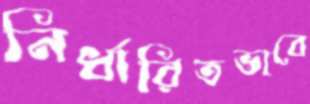
নির্ধারিতভাবে